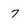
Character: 7